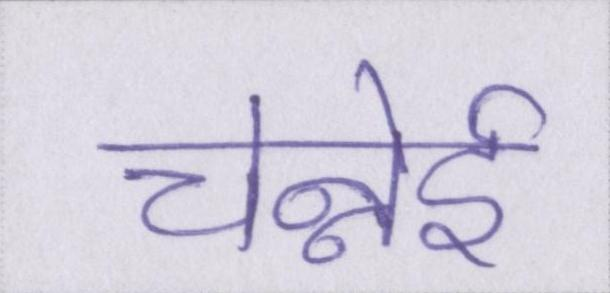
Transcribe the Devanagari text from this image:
चेन्नेई